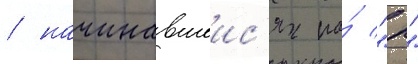
/ начинавшеис'я на́ "р"